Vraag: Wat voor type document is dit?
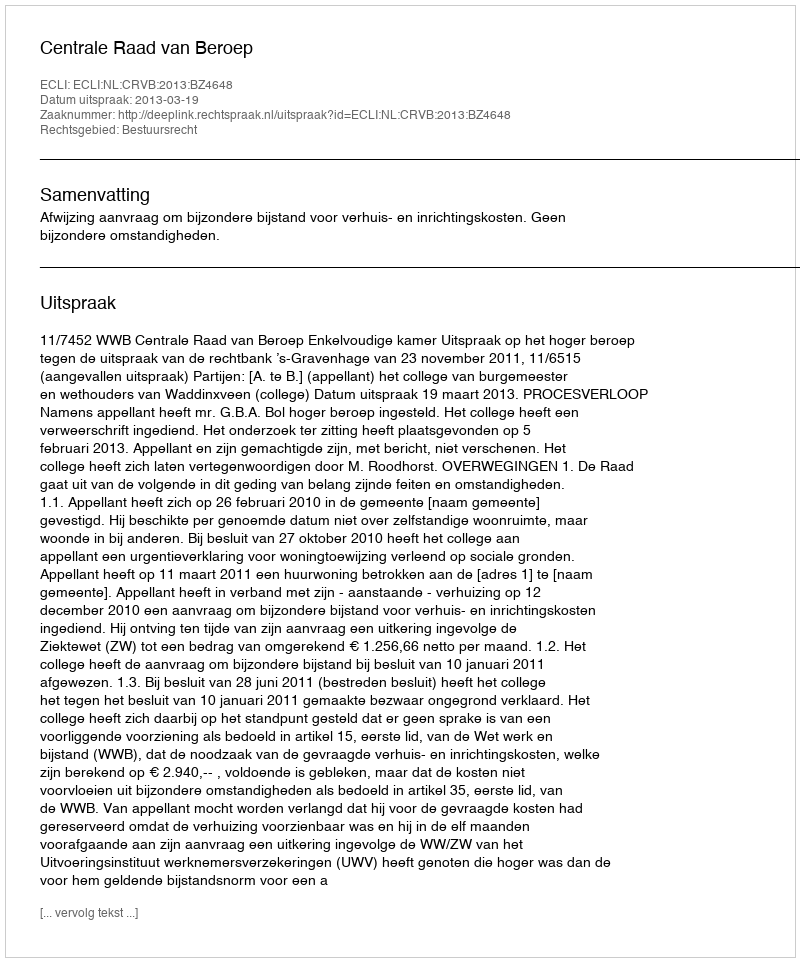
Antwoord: Uitspraak